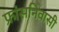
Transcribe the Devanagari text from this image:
फ्रांसनिवासी